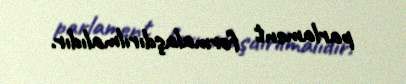
parlament formalaşdırılmalıdır.